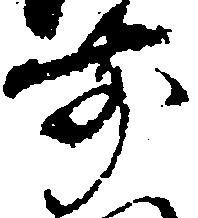
前